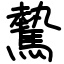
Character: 驇